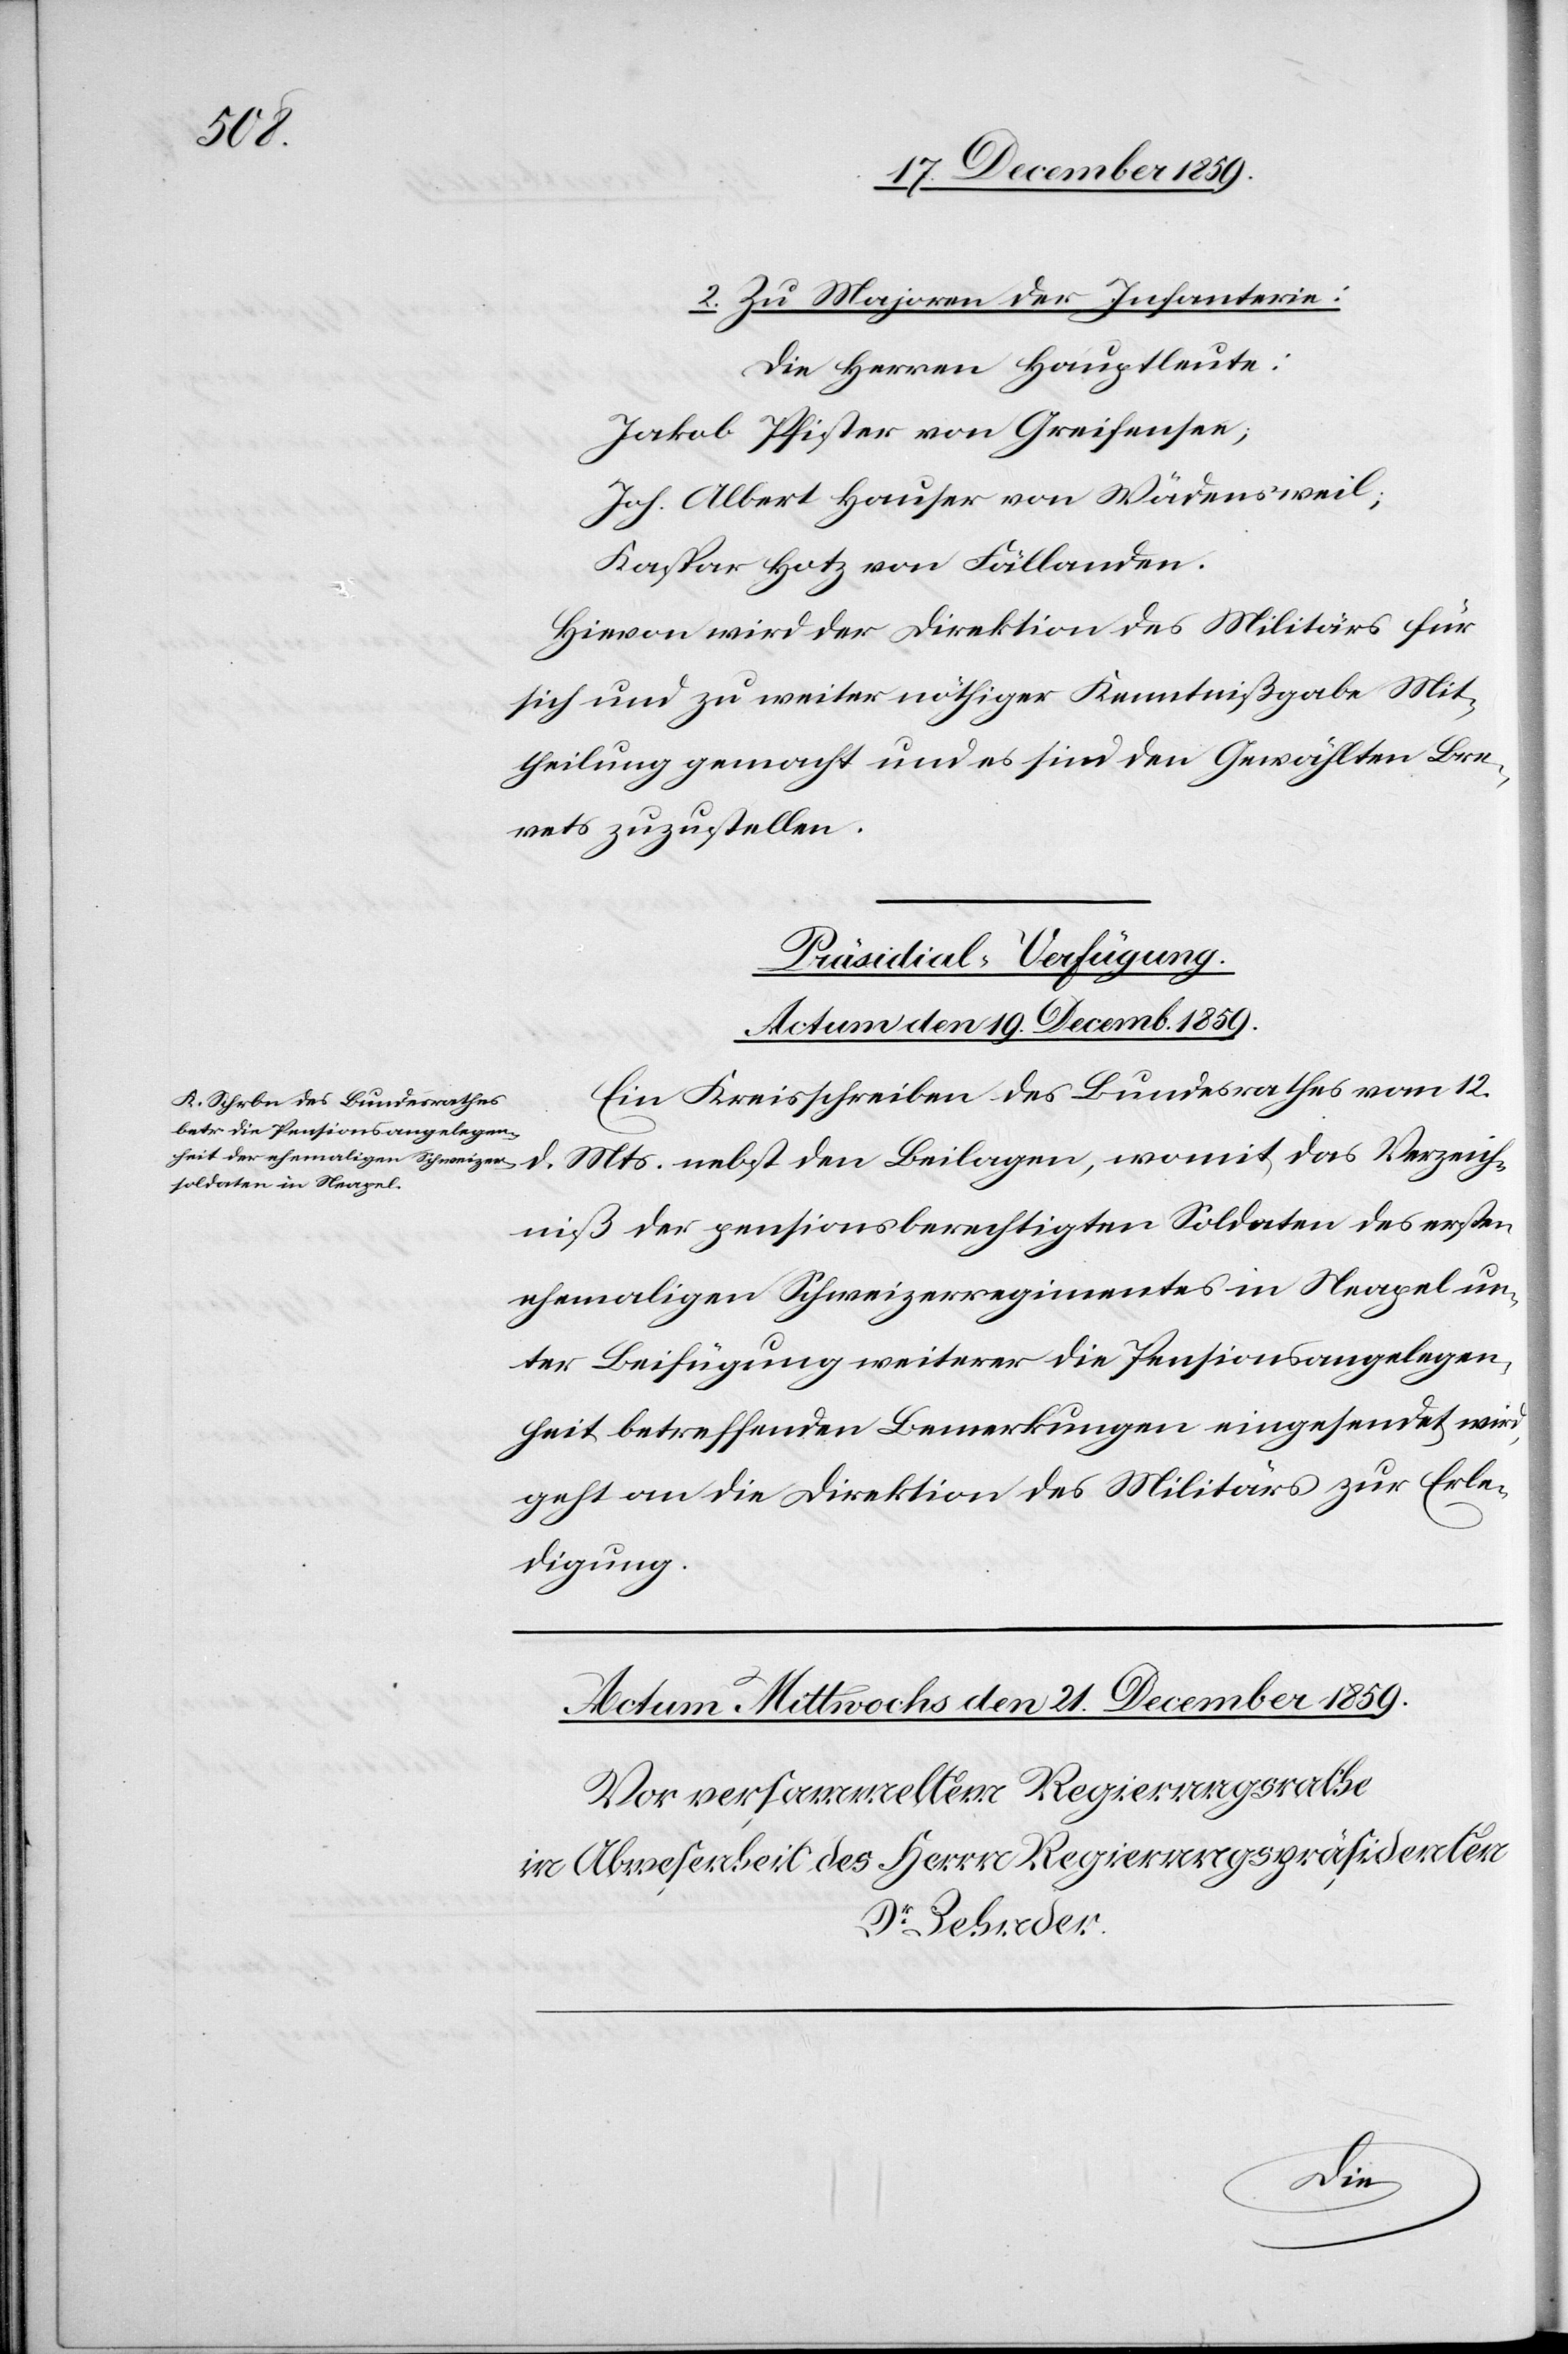
zeich¬
2. Zu Majoren der Infanterie:
Die Herren Hauptleute:
Jakob Pfister von Greifensee;
Joh. Albert Hauser von Wädensweil;
Kaspar Hotz von Fällanden.
Hievon wird der Direktion des Militärs für
sich und zu weiter nöthiger Kenntnißgabe Mit¬
theilung gemacht und es sind den Gewählten Bre¬
vets zuzustellen.
Präsidial-Verfügung.
Actum den 19. Decemb. 1859.
Ein Kreisschreiben des Bundesrathes vom 12.
niß der pensionsberechtigten Soldaten des ersten
ehemaligen Schweizerregimentes in Neapel un¬
ter Beifügung weiterer die Pensionsangelegen¬
heit betreffenden Bemerkungen eingesendet wird,
geht an die Direktion des Militärs zur Erle¬
digung.
Ver¬